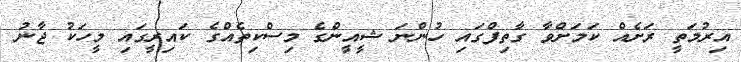
އިރުމަތީ ރަށެއް ކަމަށްވާ ގާތިފްގައި ހުންނަ ޝީއީންގެ މިސްކިތެއްގެ ކައިރީގައި މީހަކު ޖާނު